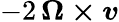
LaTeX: -2\, {\boldsymbol{\Omega\times\mathit{v}}}